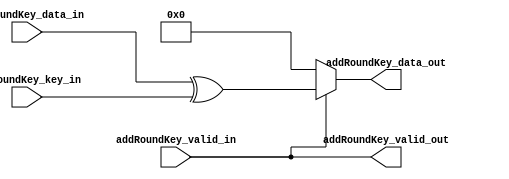
// Milos Trbic | Hamidou Diallo
// AES Capstone - Joseph Decuir
// Updated: 9/12/2020
// addRoundKey Module. This function will conduct the add round key function 
// of a single round of AES encrypt. It will take in the 128-bit data, XOR it
// with the encryption key, and produce the 128-bit state.
//
// UPDATES:

module addRoundKey
	#(
	parameter KEY_WIDTH = 128,		// Can be either 128 or 256 bit
	parameter DATA_WIDTH = 128		// Size of data, 128 bit = 0x80 in hex
	)
	(
	input addRoundKey_valid_in, 								// Valid bit. When high, data is valid and should be processed.
	input wire [DATA_WIDTH-1:0] addRoundKey_data_in, 	// Plaintext or state block data to be processed
	input wire [KEY_WIDTH-1:0] addRoundKey_key_in,		// Encryption key
	output reg [DATA_WIDTH-1:0] addRoundKey_data_out,  // Block data which has gone through addRoundKey function
	output reg addRoundKey_valid_out 						// Valid bit. When high, data is valid and can be used in another function.	
	);																	// end signals

	always @(*) begin
		if (addRoundKey_valid_in) begin
			addRoundKey_data_out = addRoundKey_data_in ^ addRoundKey_key_in;
		end else begin
			addRoundKey_data_out = {DATA_WIDTH{1'b0}}; // if not valid, set state to 0
		end
		addRoundKey_valid_out = addRoundKey_valid_in;
	end
endmodule

/*module addRoundKey_testbench();
   wire [127:0] data;
	wire [127:0] key;
	reg [127:0] out;

	assign data = 128'h54776f204f6e65204e696e652054776f; // First slide from testing doc
	assign key = 128'h5468617473206d79204b756e67204675


	addRoundKey dut ( .addRoundKey_valid_in(1'b1),
							.addRoundKey_data_in(data),
							.addRoundKey_key_in(key),
							.addRoundKey_data_out(out),
							.addRoundKey_valid_out()
							);				

endmodule
*/